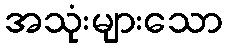
အသုံးများသော